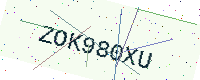
Text: ZOK980XU